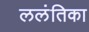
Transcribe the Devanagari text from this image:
ललंतिका